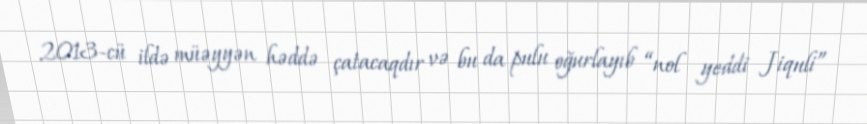
2013-cü ildə müəyyən həddə çatacaqdır və bu da pulu oğurlayıb “nol yeddi Jiquli”